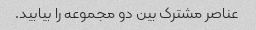
عناصر مشترک بین دو مجموعه را بیابید.